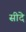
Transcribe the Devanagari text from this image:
सीदे